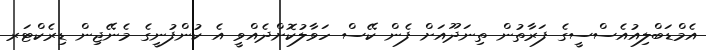
އެމްޑަބްލިއުއެސްސީގެ ފަރާތުން ތިނަދޫއަށް ފެން ކޭސް ހަވާލުކޮށްދެއްވީ އެ ކުންފުނީގެ މެނޭޖިން ޑިރެކްޓަރ